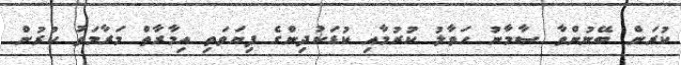
ކުރަން ބޭނުންވާ ސާމާނު ހަވާލު ކުރުމާއި ކުޑަކުދިންގެ ފިޔަވަތި އިމާރާތް މަރާމަތު ކުރުން